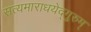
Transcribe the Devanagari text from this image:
सत्यमाराधयेद्गुरुम्